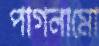
পাগলামো